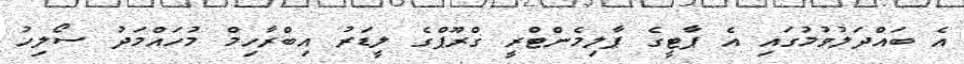
އެ ބައްދަލުވުމުގައި އެ ޕާޓީގެ ޕާލިމެންޓްރީ ގްރޫޕްގެ ލީޑަރު އިބްރާހިމް މުހައްމަދު ސޯލިހު